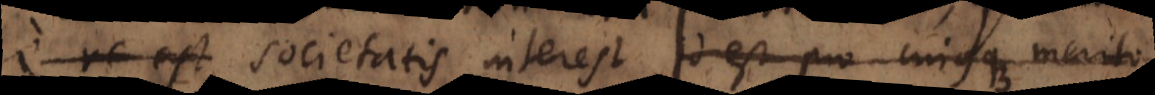
e re est societatis interest, id est pro cujusque merito